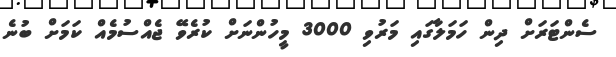
ސެންޓަރަށް ދިން ހަމަލާގައި މަރުވި 3000 މީހުންނަށް ކުރެވޭ ޖެއްސުމެއް ކަމަށް ބުނެ